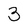
Character: 3